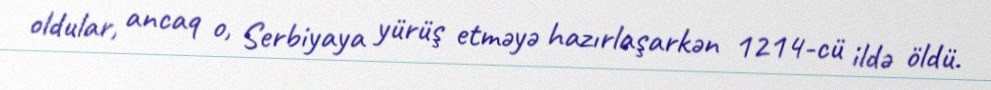
oldular, ancaq o, Serbiyaya yürüş etməyə hazırlaşarkən 1214-cü ildə öldü.